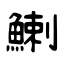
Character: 鯻